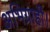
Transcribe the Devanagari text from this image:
अभिग्राही।